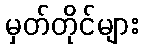
မှတ်တိုင်များ